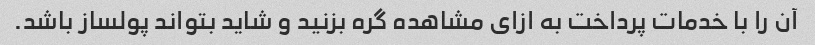
آن را با خدمات پرداخت به ازای مشاهده گره بزنید و شاید بتواند پولساز باشد.